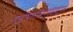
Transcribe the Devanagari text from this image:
डाइथिलस्टिलबेस्ट्रोल